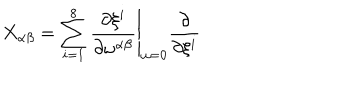
X _ { \alpha \beta } = \sum _ { i = 1 } ^ { 8 } \left. \frac { \partial \xi ^ { i } } { \partial \omega ^ { \alpha \beta } } \right| _ { \omega = 0 } \frac { \partial } { \partial \xi ^ { i } }